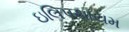
ઇલિપથાયમ